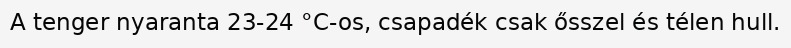
A tenger nyaranta 23-24 °C-os, csapadék csak ősszel és télen hull.